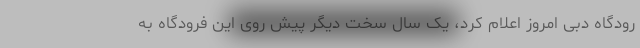
رودگاه دبی امروز اعلام کرد، یک سال سخت دیگر پیش روی این فرودگاه به